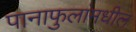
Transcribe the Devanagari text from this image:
पानाफुलांमधील